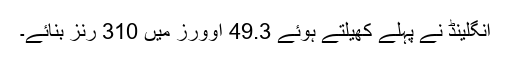
انگلینڈ نے پہلے کھیلتے ہوئے 49.3 اوورز میں 310 رنز بنائے۔